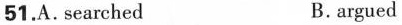
51 ,A. searched B. argued